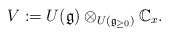
\begin{align*}V := U(\mathfrak g) \otimes_{ U(\mathfrak g_{\geq 0}) } \mathbb C_x.\end{align*}